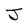
Character: J